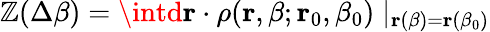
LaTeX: \mathbb{Z}(\Delta\beta)=\intd{\mathbf{r}}\cdot\rho({\mathbf{r}},\beta;{\mathbf{r}}_{0},\beta_{0})\mid_{{\mathbf{r}}(\beta)={\mathbf{r}}(\beta_{0})}